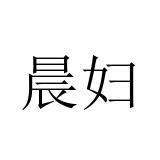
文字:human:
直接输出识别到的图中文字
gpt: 晨妇